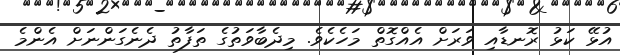
އުޅޭ ކަޅު ރޮނޑާއި ވަރަށް އެއްގޮތް މަހެކެވެ. މިދެބާވަތުގެ ތަފާތު ދެނެގަންނަށް އެންމެ